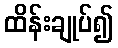
ထိန်းချုပ်၍